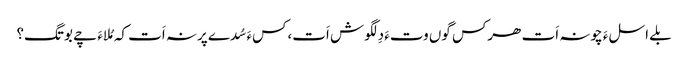
بلے اسلءَ چونہ اَت ھرکس گوں وتءَ دِلگوش اَت،کسءَ سُدے پرنہ اَت کہ مُلاءَ چے بوتگ؟